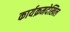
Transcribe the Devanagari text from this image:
कार्यक्रमदेखिल